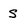
Character: S